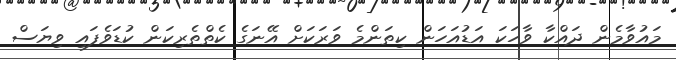
މައުވާމެން ދައްކާ ވާހަކަ އަޑުއަހަން ކިތަންމެ ވަރަކަށް އޭނަގެ ކެތްތެރިކަން ކުޑަވެފައި ވިޔަސް